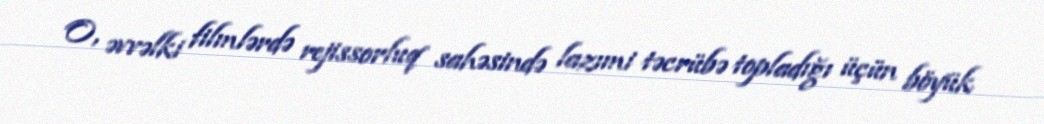
O, əvvəlki filmlərdə rejissorluq sahəsində lazımi təcrübə topladığı üçün böyük